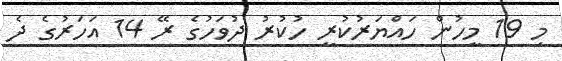
މި 19 މީހުން ހައްޔަރުކުރީ ހުކުރު ދުވަހުގެ ރޭ 14 އަހަރުގެ ދެ